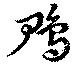
鳲